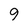
Character: 9